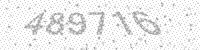
Solution: 489716